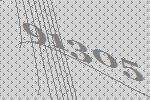
91305